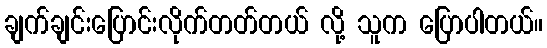
ချက်ချင်းပြောင်းလိုက်တတ်တယ် လို့ သူက ပြောပါတယ်။